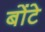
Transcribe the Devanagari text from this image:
बोंटे